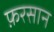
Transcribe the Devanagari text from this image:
फ़रसान